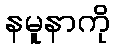
နမူနာကို